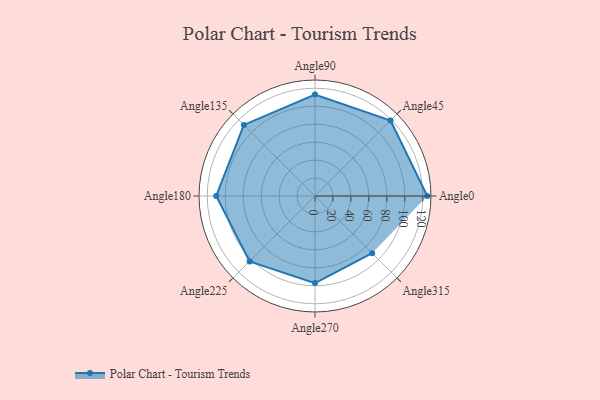
{"axis": {"x": "Angle", "y": "Radius"}, "legend": [""], "data": [{"x": "Angle0", "y": 125.0, "type": ""}, {"x": "Angle45", "y": 119.0, "type": ""}, {"x": "Angle90", "y": 113.0, "type": ""}, {"x": "Angle135", "y": 112.0, "type": ""}, {"x": "Angle180", "y": 110.0, "type": ""}, {"x": "Angle225", "y": 103.0, "type": ""}, {"x": "Angle270", "y": 97.0, "type": ""}, {"x": "Angle315", "y": 90.0, "type": ""}]}